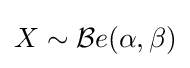
X\sim {\mathcal {B}}e(\alpha ,\beta )